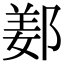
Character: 𨜰